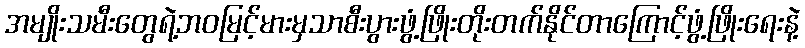
အမျိုးသမီးတွေရဲ့ဘဝမြင့်မားမှသာစီးပွားဖွံ့ဖြိုးတိုးတက်နိုင်တာကြောင့်ဖွံ့ဖြိုးရေးနဲ့